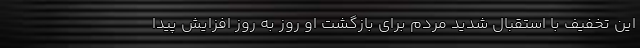
این تخفیف با استقبال شدید مردم برای بازگشت او روز به روز افزایش پیدا